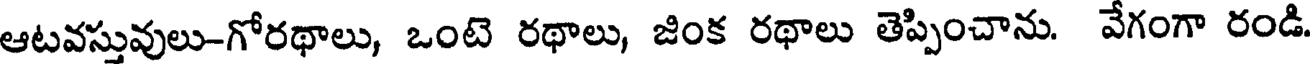
ఆటవస్తువులు-గోరథాలు, ఒంటె రథాలు, జింక రథాలు తెప్పించాను. వేగంగా రండి.